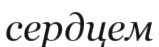
сердцем